Annual administration report of the Civil Veterinary Department of India - 1897-1898
Year: 1897
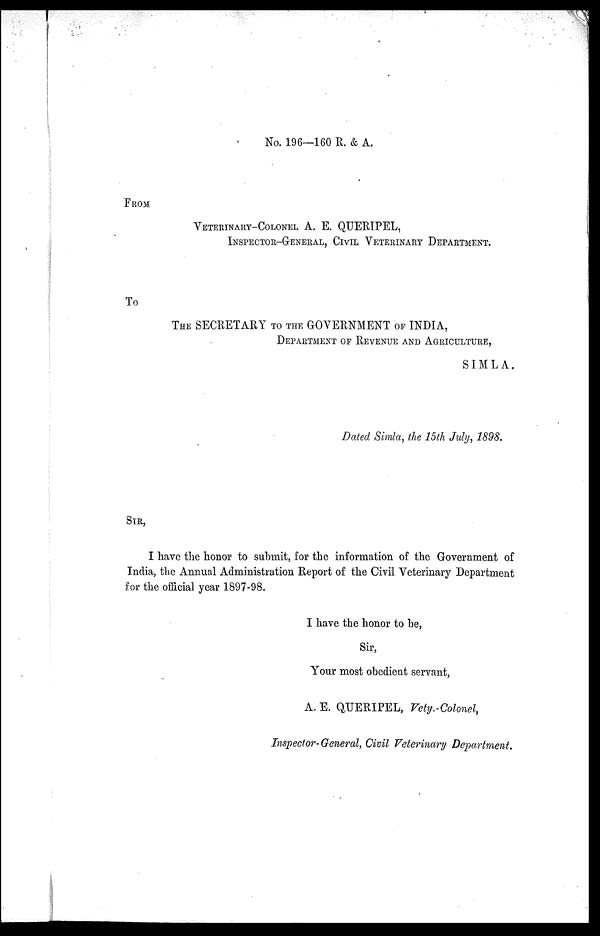
No. 196—160 R. & A.
FROM
VETERINARY-COLONE A. E. QUERIPEL,
INSPECTOR-GENERAL, CIVIL VETERINARY DEPARTMENT.
To
THE SECRETARY TO THE GOVERNMENT OF INDIA,
DEPARTMENT OF REVENUE AND AGRICULTURE,
SIMLA.
Dated Simla, the 15th July, 1898.
SIR,
I have the honor to submit, for the information of the Government of
India, the Annual Administration Report of the Civil Veterinary Department
for the official year 1897-98.
I have the honor to be,
Sir,
Your most obedient servant,
A. E. QUERIPEL, Vety.-Colonel,
Inspector-General, Civil Veterinary Department.